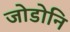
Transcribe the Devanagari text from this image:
जोडोनि